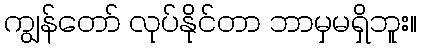
ကျွန်တော် လုပ်နိုင်တာ ဘာမှမရှိဘူး။